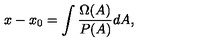
x - x _ { 0 } = \int \frac { \Omega ( A ) } { P ( A ) } d A ,